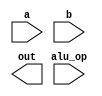
module alu(
    input [31:0] a, b,
    input [3:0] alu_op,
    output [31:0] out
);

// Your code goes here

endmodule